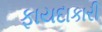
ફાયદાકારી